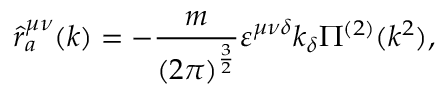
\hat { r } _ { a } ^ { \mu \nu } ( k ) = - \frac { m } { ( 2 \pi ) ^ { \frac { 3 } { 2 } } } \varepsilon ^ { \mu \nu \delta } k _ { \delta } \Pi ^ { ( 2 ) } ( k ^ { 2 } ) ,